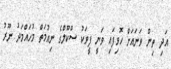
އަދި ތިން ވަނައަށް ހޮވިފައި ވަނީ ފީވަކު ސްކޫލްގެ ނިއުމަތް މުހައްމަދު ނޫރު